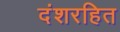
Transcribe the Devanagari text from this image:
दंशरहित